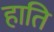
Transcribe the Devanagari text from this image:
हाति